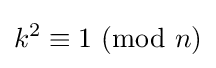
k^{2}\equiv 1\ (\mathrm {mod} \ n)